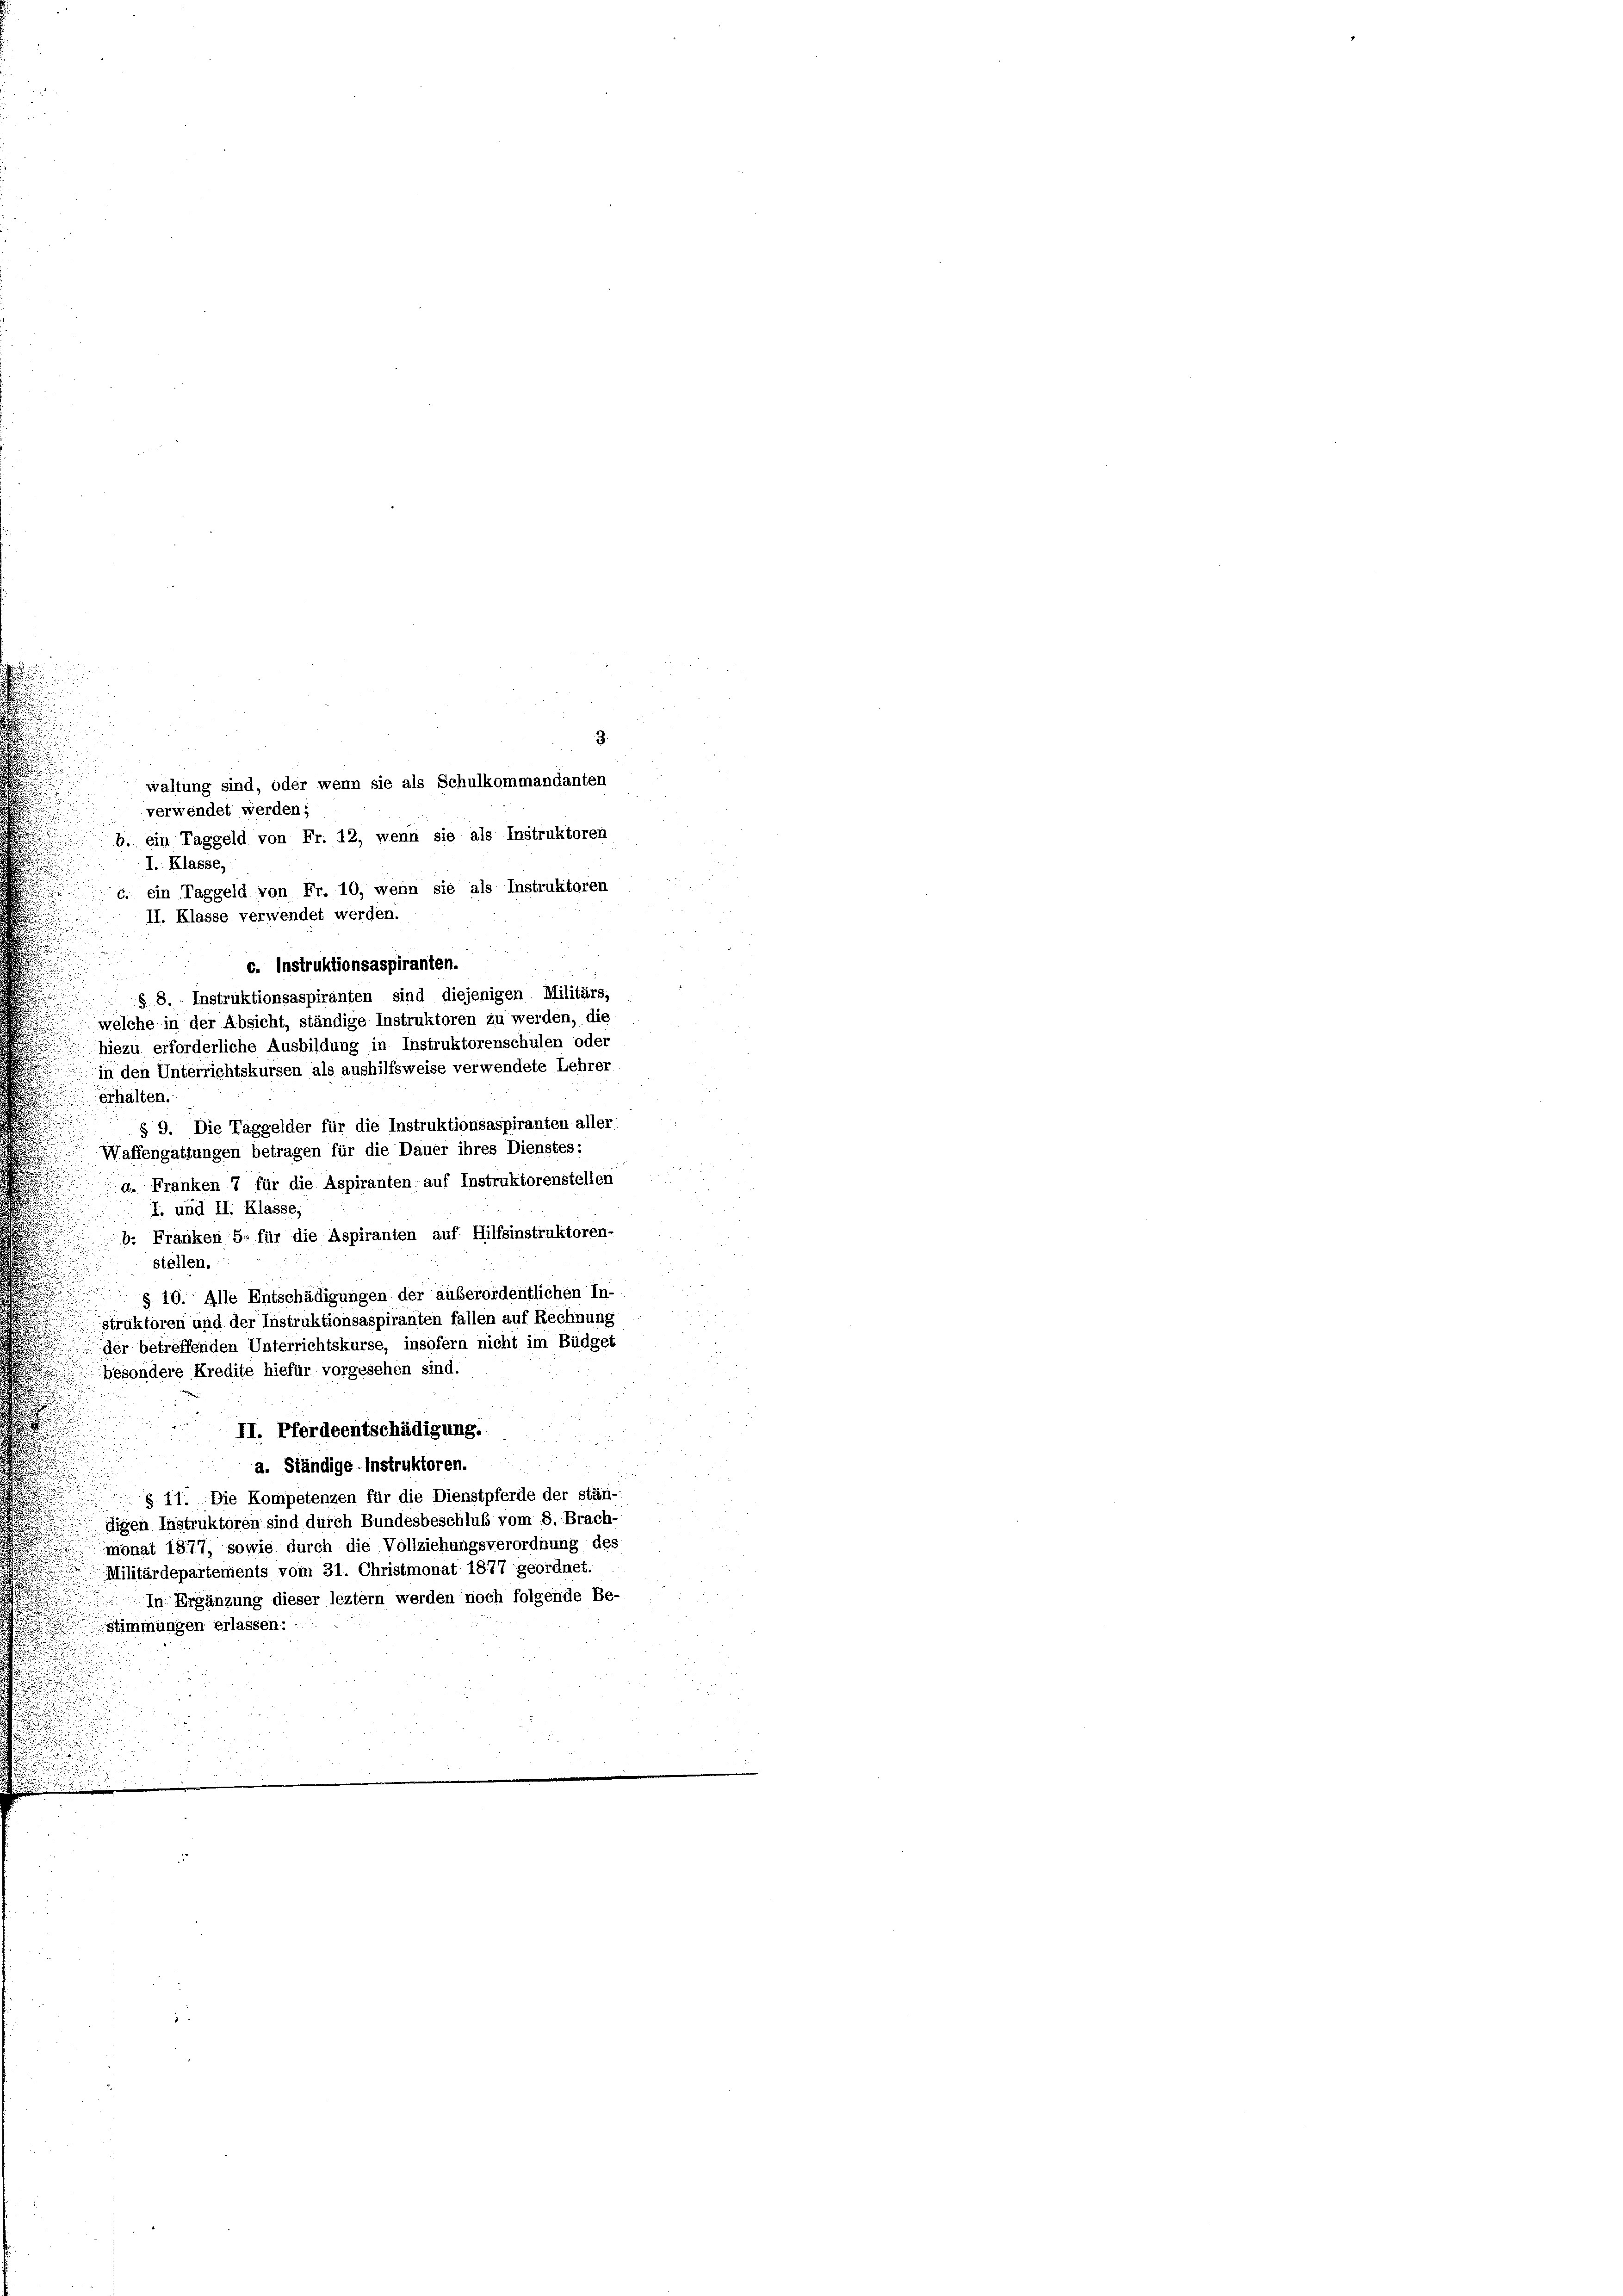
waltung sind, oder wenn sie als Schulkommandanten
verwendet werden;
b. ein Taggeld von Fr. 12, wenn sie als Instruktoren
I. Klasse,
. ein Taggeld von Fr. 10, wenn sie als Instruktoren
II. Klasse verwendet werden.
c. Instruktionsaspiranten.
§ 8. Instruktionsaspiranten sind diejenigen Militärs,
welche in der Absicht, ständige Instruktoren zu werden, die
s
hiezu erforderliche Ausbildung in Instruktorenschulen oder
in den Unterrichtskursen als aushilfsweise verwendete Lehrer
u
erhalten.
.
§ 9. Die Taggelder für die Instruktionsaspiranten aller
Waffengattungen betragen für die Dauer ihres Dienstes:
a. Franken 7 für die Aspiranten auf Instruktorenstellen
I. und II. Klasse,
b. Franken 5. für die Aspiranten auf Hilfsinstruktoren-
.
stellen.
§ 10. Alle Entschädigungen der außerordentlichen In-
.
struktoren und der Instruktionsaspiranten fallen auf Rechnung
der betreffenden Unterrichtskurse, insofern nicht im Büdget
besondere Kredite hiefür vorgesehen sind.
II. Pferdeentschädigung.

ug de
a. Ständige. Instruktoren.
§ 11. Die Kompetenzen für die Dienstpferde der stän-
digen Instruktoren sind durch Bundesbeschluß vom 8. Brach-
monat 1877, sowie durch die Vollziehungsverordnung des
Militärdepartements vom 31. Christmonat 1877 geordnet.
In Ergänzung dieser leztem werden noch folgende Be-
stimmungen erlassen:

3.

u